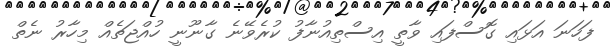
ފަހަނަ އަޅައި ގޮސްފައި ވާތީ އިސްތިއުނާފު ކުރެވޭނެ ގާނޫނީ ހުއްޖަތެއް މިހާރު ނެތް